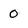
Character: 0